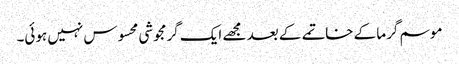
موسم گرما کے خاتمے کے بعد مجھے ایک گرمجوشی محسوس نہیں ہوئی۔